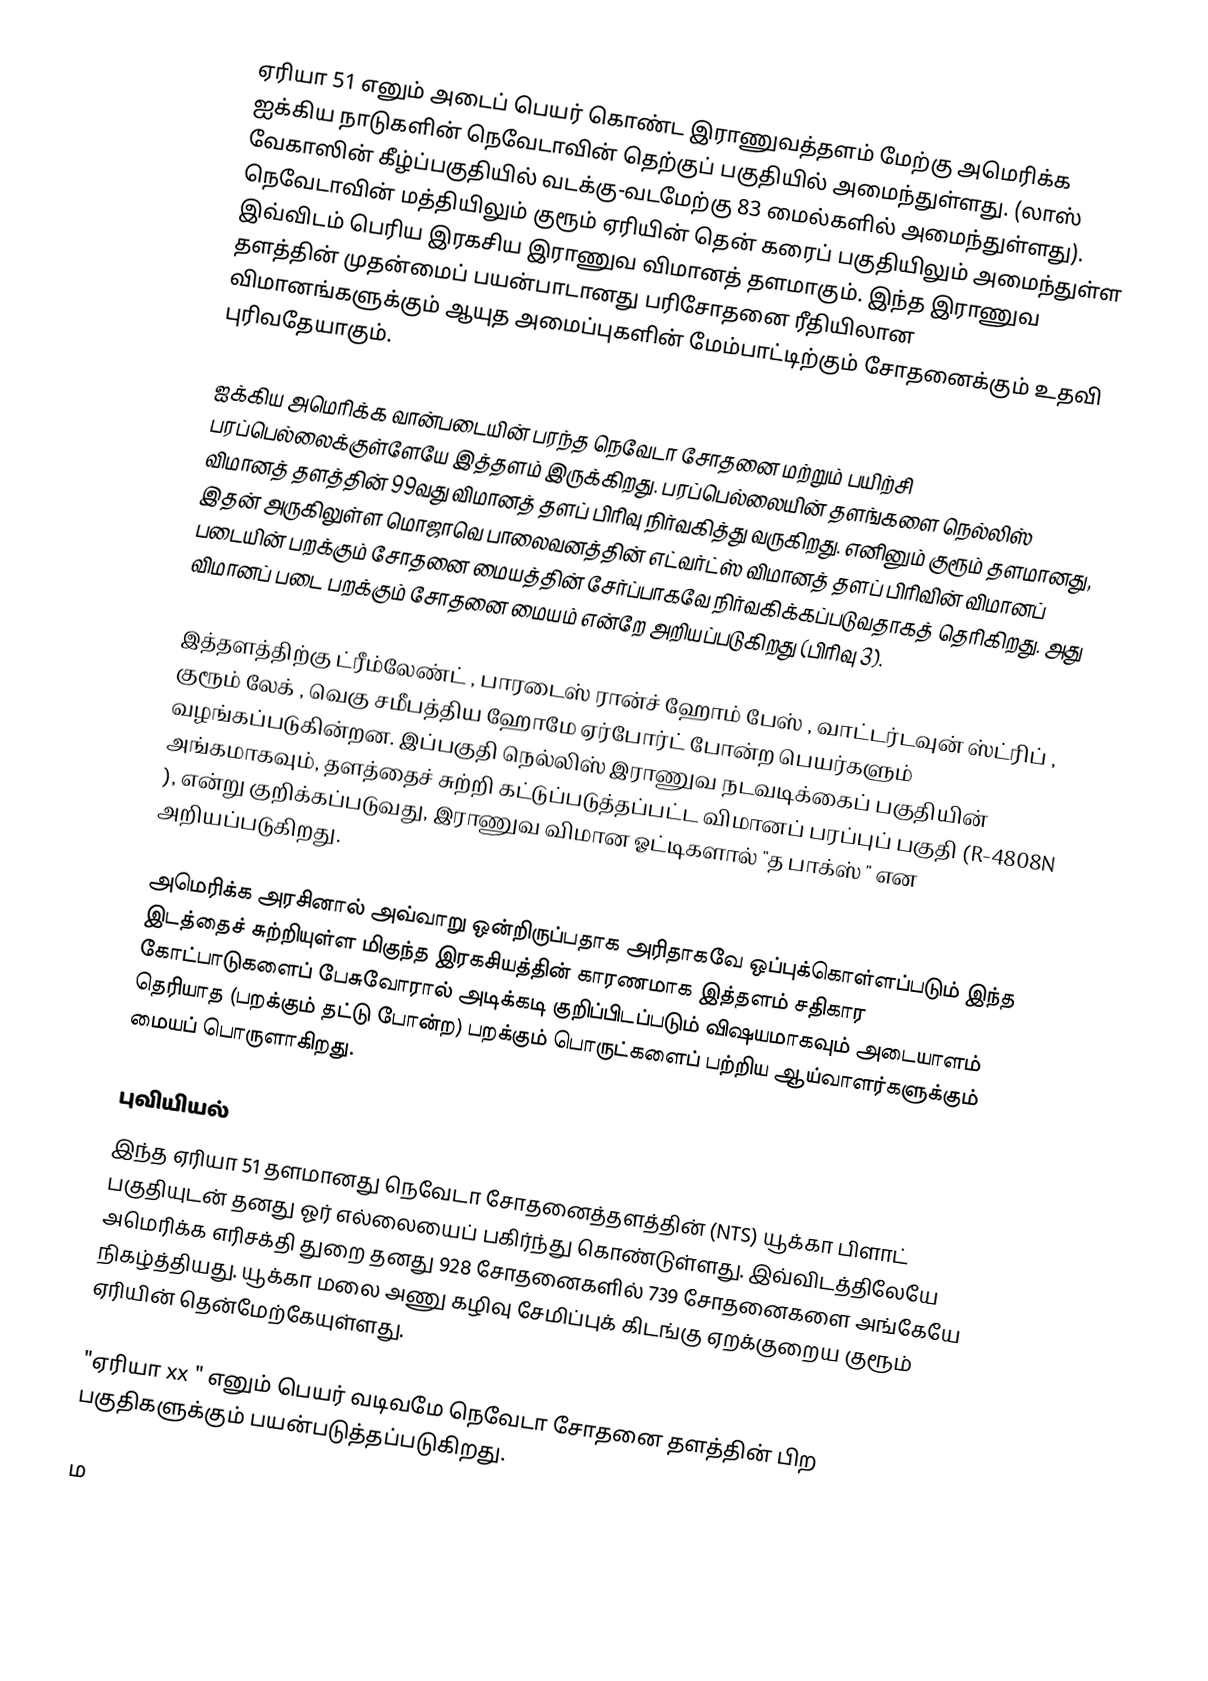
ஏரியா 51 எனும் அடைப் பெயர் கொண்ட இராணுவத்தளம் மேற்கு அமெரிக்க ஐக்கிய நாடுகளின் நெவேடாவின் தெற்குப் பகுதியில் அமைந்துள்ளது. (லாஸ் வேகாஸின் கீழ்ப்பகுதியில் வடக்கு-வடமேற்கு 83 மைல்களில் அமைந்துள்ளது). நெவேடாவின் மத்தியிலும் குரூம் ஏரியின் தென் கரைப் பகுதியிலும் அமைந்துள்ள இவ்விடம் பெரிய இரகசிய இராணுவ விமானத் தளமாகும். இந்த இராணுவ தளத்தின் முதன்மைப் பயன்பாடானது பரிசோதனை ரீதியிலான விமானங்களுக்கும் ஆயுத அமைப்புகளின் மேம்பாட்டிற்கும் சோதனைக்கும் உதவி புரிவதேயாகும்.

ஐக்கிய அமெரிக்க வான்படையின் பரந்த நெவேடா சோதனை மற்றும் பயிற்சி பரப்பெல்லைக்குள்ளேயே இத்தளம் இருக்கிறது. பரப்பெல்லையின் தளங்களை நெல்லிஸ் விமானத் தளத்தின் 99வது விமானத் தளப் பிரிவு நிர்வகித்து வருகிறது. எனினும் குரூம் தளமானது, இதன் அருகிலுள்ள மொஜாவெ பாலைவனத்தின் எட்வர்ட்ஸ் விமானத் தளப் பிரிவின் விமானப் படையின் பறக்கும் சோதனை மையத்தின் சேர்ப்பாகவே நிர்வகிக்கப்படுவதாகத் தெரிகிறது. அது விமானப் படை பறக்கும் சோதனை மையம் என்றே அறியப்படுகிறது (பிரிவு 3).

இத்தளத்திற்கு ட்ரீம்லேண்ட் , பாரடைஸ் ரான்ச் ஹோம் பேஸ் , வாட்டர்டவுன் ஸ்ட்ரிப் , குரூம் லேக் , வெகு சமீபத்திய ஹோமே ஏர்போர்ட் போன்ற பெயர்களும்  வழங்கப்படுகின்றன. இப்பகுதி நெல்லிஸ் இராணுவ நடவடிக்கைப் பகுதியின் அங்கமாகவும், தளத்தைச் சுற்றி கட்டுப்படுத்தப்பட்ட விமானப் பரப்புப் பகுதி (R-4808N ), என்று குறிக்கப்படுவது, இராணுவ விமான ஓட்டிகளால் "த பாக்ஸ் " என அறியப்படுகிறது.

அமெரிக்க அரசினால் அவ்வாறு ஒன்றிருப்பதாக அரிதாகவே ஒப்புக்கொள்ளப்படும் இந்த இடத்தைச் சுற்றியுள்ள மிகுந்த இரகசியத்தின் காரணமாக இத்தளம் சதிகார கோட்பாடுகளைப் பேசுவோரால் அடிக்கடி குறிப்பிடப்படும் விஷயமாகவும் அடையாளம் தெரியாத (பறக்கும் தட்டு போன்ற) பறக்கும் பொருட்களைப் பற்றிய ஆய்வாளர்களுக்கும் மையப் பொருளாகிறது.

புவியியல்
 இந்த ஏரியா 51 தளமானது நெவேடா சோதனைத்தளத்தின் (NTS) யூக்கா பிளாட் பகுதியுடன் தனது ஓர் எல்லையைப் பகிர்ந்து கொண்டுள்ளது. இவ்விடத்திலேயே அமெரிக்க எரிசக்தி துறை தனது 928 சோதனைகளில் 739 சோதனைகளை அங்கேயே நிகழ்த்தியது. யூக்கா மலை அணு கழிவு சேமிப்புக் கிடங்கு ஏறக்குறைய    குரூம் ஏரியின் தென்மேற்கேயுள்ளது.

"ஏரியா xx " எனும் பெயர் வடிவமே நெவேடா சோதனை தளத்தின் பிற பகுதிகளுக்கும் பயன்படுத்தப்படுகிறது.

ம